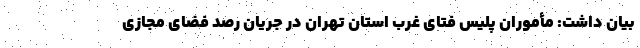
بیان داشت: مأموران پلیس فتای غرب استان تهران در جریان رصد فضای مجازی